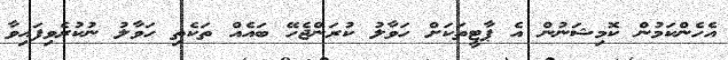
އެހެންކަމުން ކޮމިޝަނުން އެ ޕާޓީތަކަށް ހަވާލު ކުރަންޖެހޭ ބައެއް ތަކެތި ހަވާލު ނުކުރެވިފައިވާ